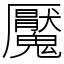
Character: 魘